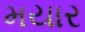
મયાર